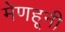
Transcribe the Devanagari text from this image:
मेणहूनी